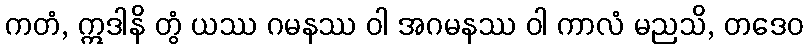
ကတံ, ဣဒါနိ တွံ ယဿ ဂမနဿ ဝါ အဂမနဿ ဝါ ကာလံ မညသိ, တဒေဝ